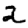
Digit: 2